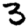
Digit: 3